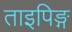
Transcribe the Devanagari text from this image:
ताइपिङ्ग